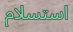
استسلام